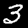
Digit: 3